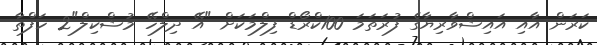
ކަރަން އާއި އައިޝްވާރިޔާގެ ފުރަތަމަ 100ކްރޯޑް ފިލްމަކަށް "އޭ ދިލްހޭ މުޝްކިލް"2 ހަފްތާ